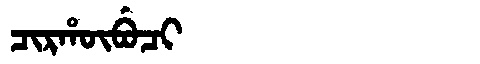
Manchu: ᠴᡳᡵᡥᡡᠪᡠᠴᡳ
Romanization: CIRHŪBUCI